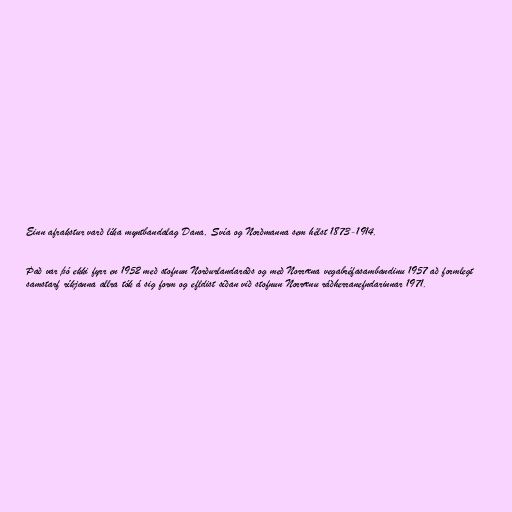
Einn afrakstur varð líka myntbandalag Dana, Svía og Norðmanna sem hélst 1873-1914.

Það var þó ekki fyrr en 1952 með stofnun Norðurlandaráðs og með Norræna vegabréfasambandinu 1957 að formlegt
samstarf ríkjanna allra tók á sig form og efldist síðan við stofnun Norrænu ráðherranefndarinnar 1971.